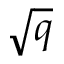
\sqrt { q }